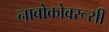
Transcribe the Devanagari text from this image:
नाबोकोवरूसी